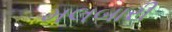
મલબારી